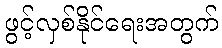
ဖွင့်လှစ်နိုင်ရေးအတွက်